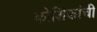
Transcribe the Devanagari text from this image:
कोशिकांची